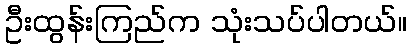
ဦးထွန်းကြည်က သုံးသပ်ပါတယ်။